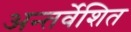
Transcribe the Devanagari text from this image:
अन्तर्वेशित